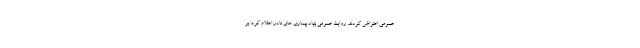
عمومی اعتراض کردند. روابط عمومی بنیاد بیماری های نادر اعلام کرد: بر